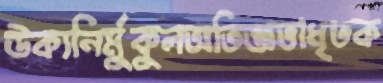
উক্যনির্মুকুলঅভিজ্ঞতাধৃতক